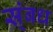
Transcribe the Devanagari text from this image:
स्ंबध